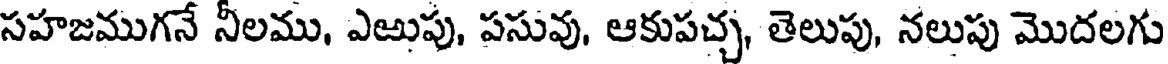
సహజముగనే నీలము, ఎఱుపు, పసువు, ఆకుపచ్చ, తెలుపు, నలుపు మొదలగు